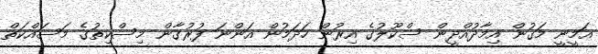
އަމީނީ މަގުން އިމާދުއްދީން ސްކޫލުގެ އިރުން ހަދަމުން އަންނަ ފުރުގާން މިސްކިތުގެ މަސައްކަތް